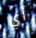
أي